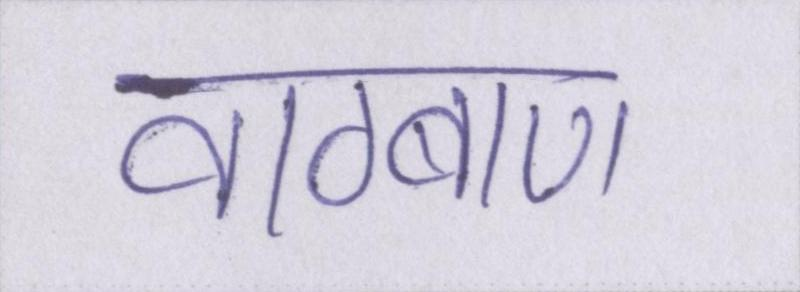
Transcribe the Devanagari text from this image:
वाग्बाण